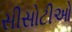
સીસોટીઓ